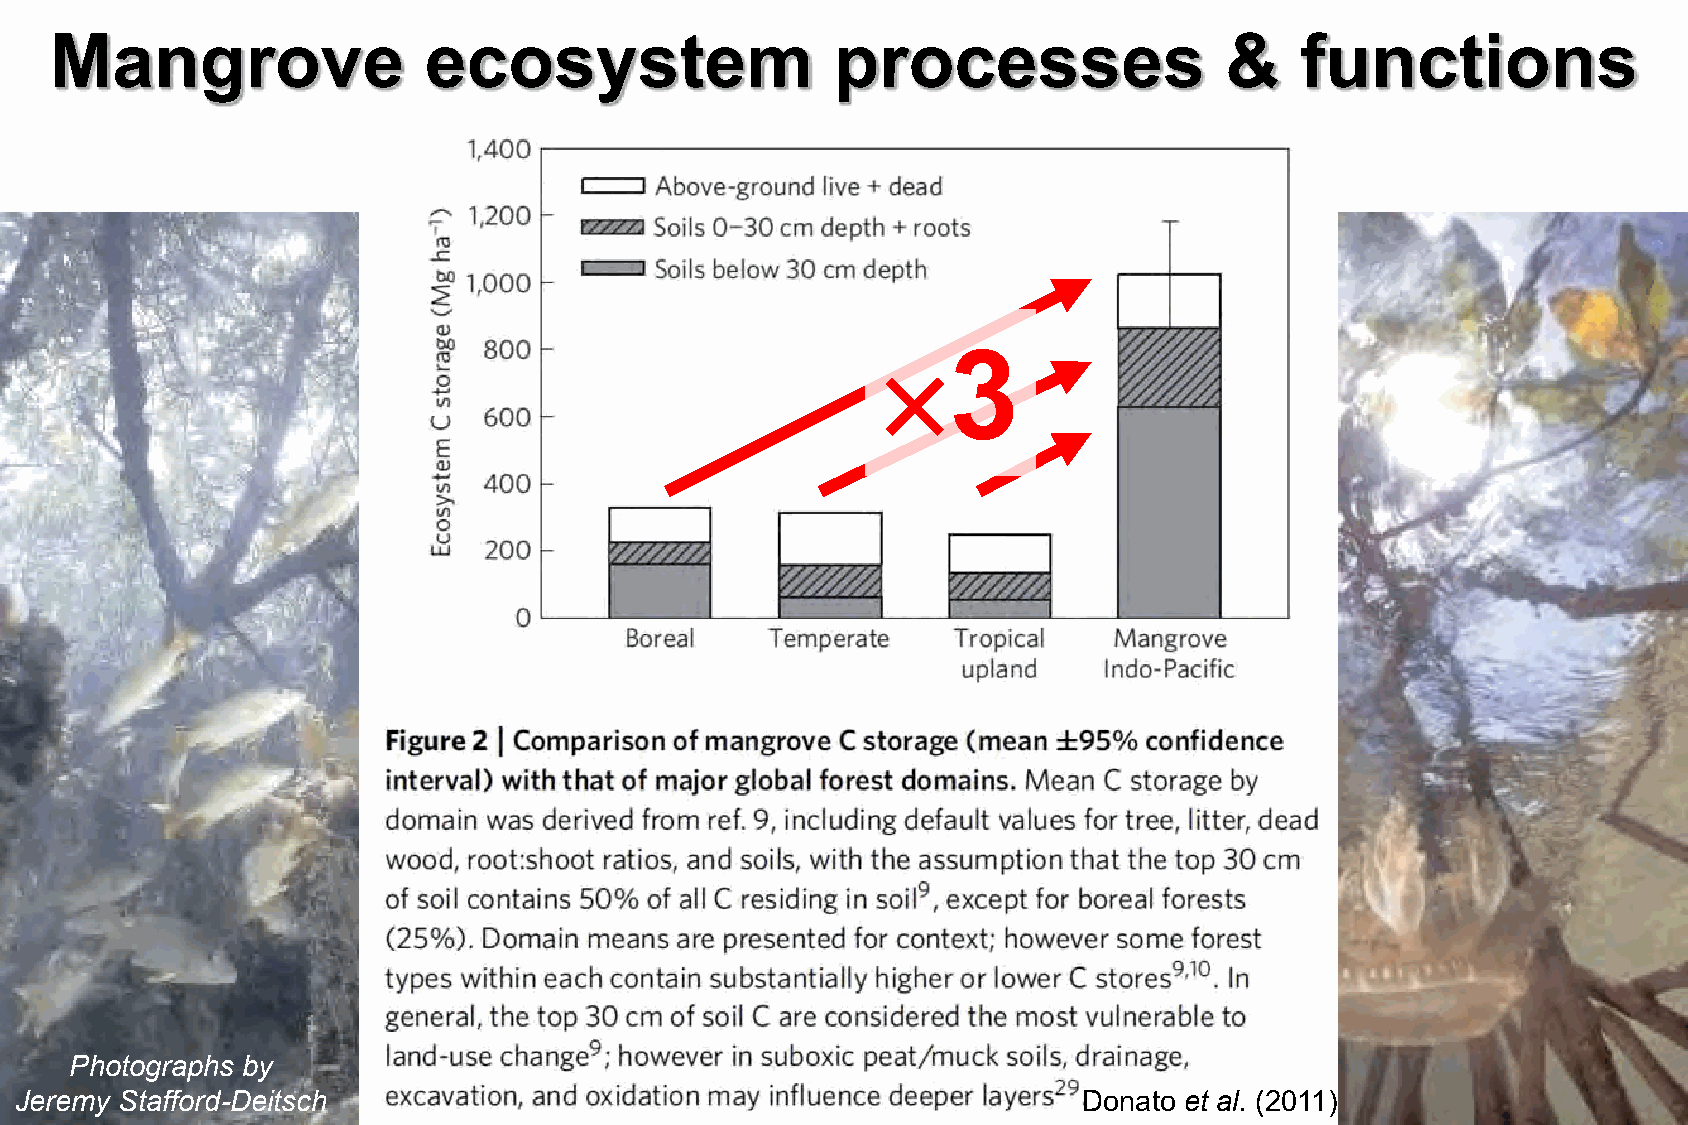
Mangrove                 ecosystem                  processes                 &    functions
 
 3
 Photographs by
 Jeremy Stafford-Deitsch                                                Donato et al. (2011)